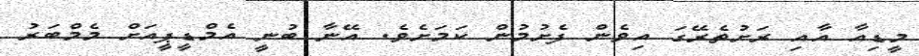
މީޑިއާ އާއި ރަށުތެރޭގަ އިވެން ފެށުމުން ކަމަށެވެ. އޭނާ ބުނީ އެމްޑީޕީއަށް މެމްބަރު